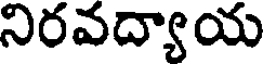
నిరవద్యాయ